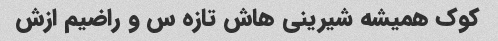
کوک همیشه شیرینی هاش تازه س و راضیم ازش